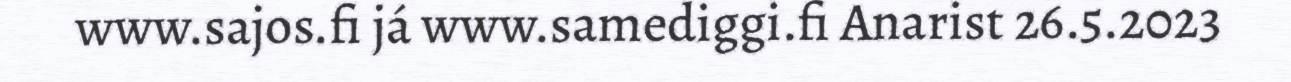
www.sajos.fi já www.samediggi.fi Anarist 26.5.2023